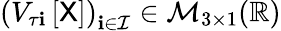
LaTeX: \left(V_{\tau\mathbf{i}}\left[\mathsf{{X}}\right]\right)_{\mathbf{i}\in\mathcal{{I}}}\in\mathcal{{M}}_{3\times1}(\mathbb{{R}})